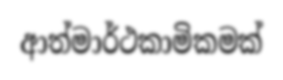
ආත්මාර්ථකාමිකමක්